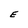
Character: E